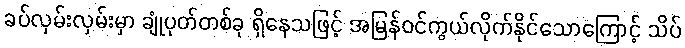
ခပ်လှမ်းလှမ်းမှာ ချုံပုတ်တစ်ခု ရှိနေသဖြင့် အမြန်ဝင်ကွယ်လိုက်နိုင်သောကြောင့် သိပ်